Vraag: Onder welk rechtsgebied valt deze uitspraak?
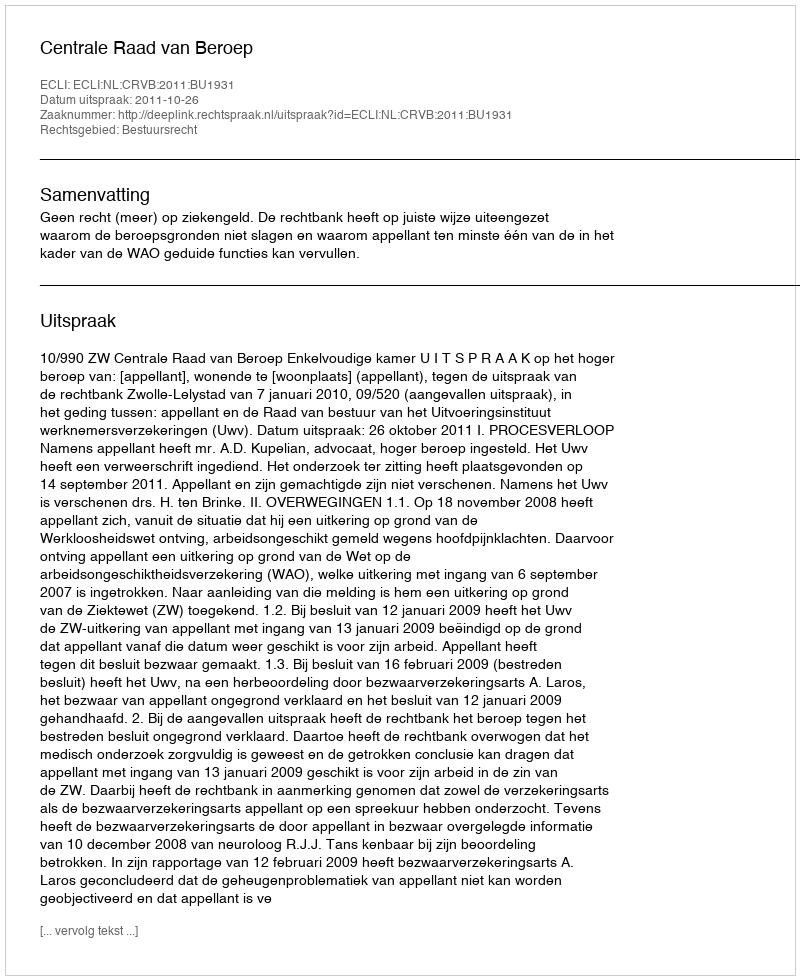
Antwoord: Bestuursrecht